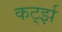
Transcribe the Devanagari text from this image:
कर्ट्झ